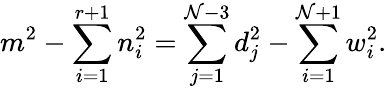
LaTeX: m^{2}-\sum_{i=1}^{r+1}n_{i}^{2}=\sum_{j=1}^{\mathcal{N}-3}d_{j}^{2}-\sum_{i=1}^{\mathcal{N}+1}w_{i}^{2}.